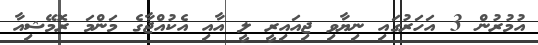
އުމުރުން 3 އަހަރުގައި ނިޔާވި ޖިއައިރީ ލީ އާއި އެކުއްޖާގެ މަންމަ ރޮމޭޝިއާ